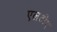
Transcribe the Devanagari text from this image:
एलटीए